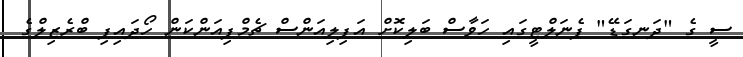
ސީ ގެ "ދަނގަޑޭ" ޕެނަލްޓީގައި ހަވާސް ބަލިކޮށް އަފިލިއަންސް ޗެމްޕިއަންކަން ހޯދައިފި ބްރެޒިލްގެ